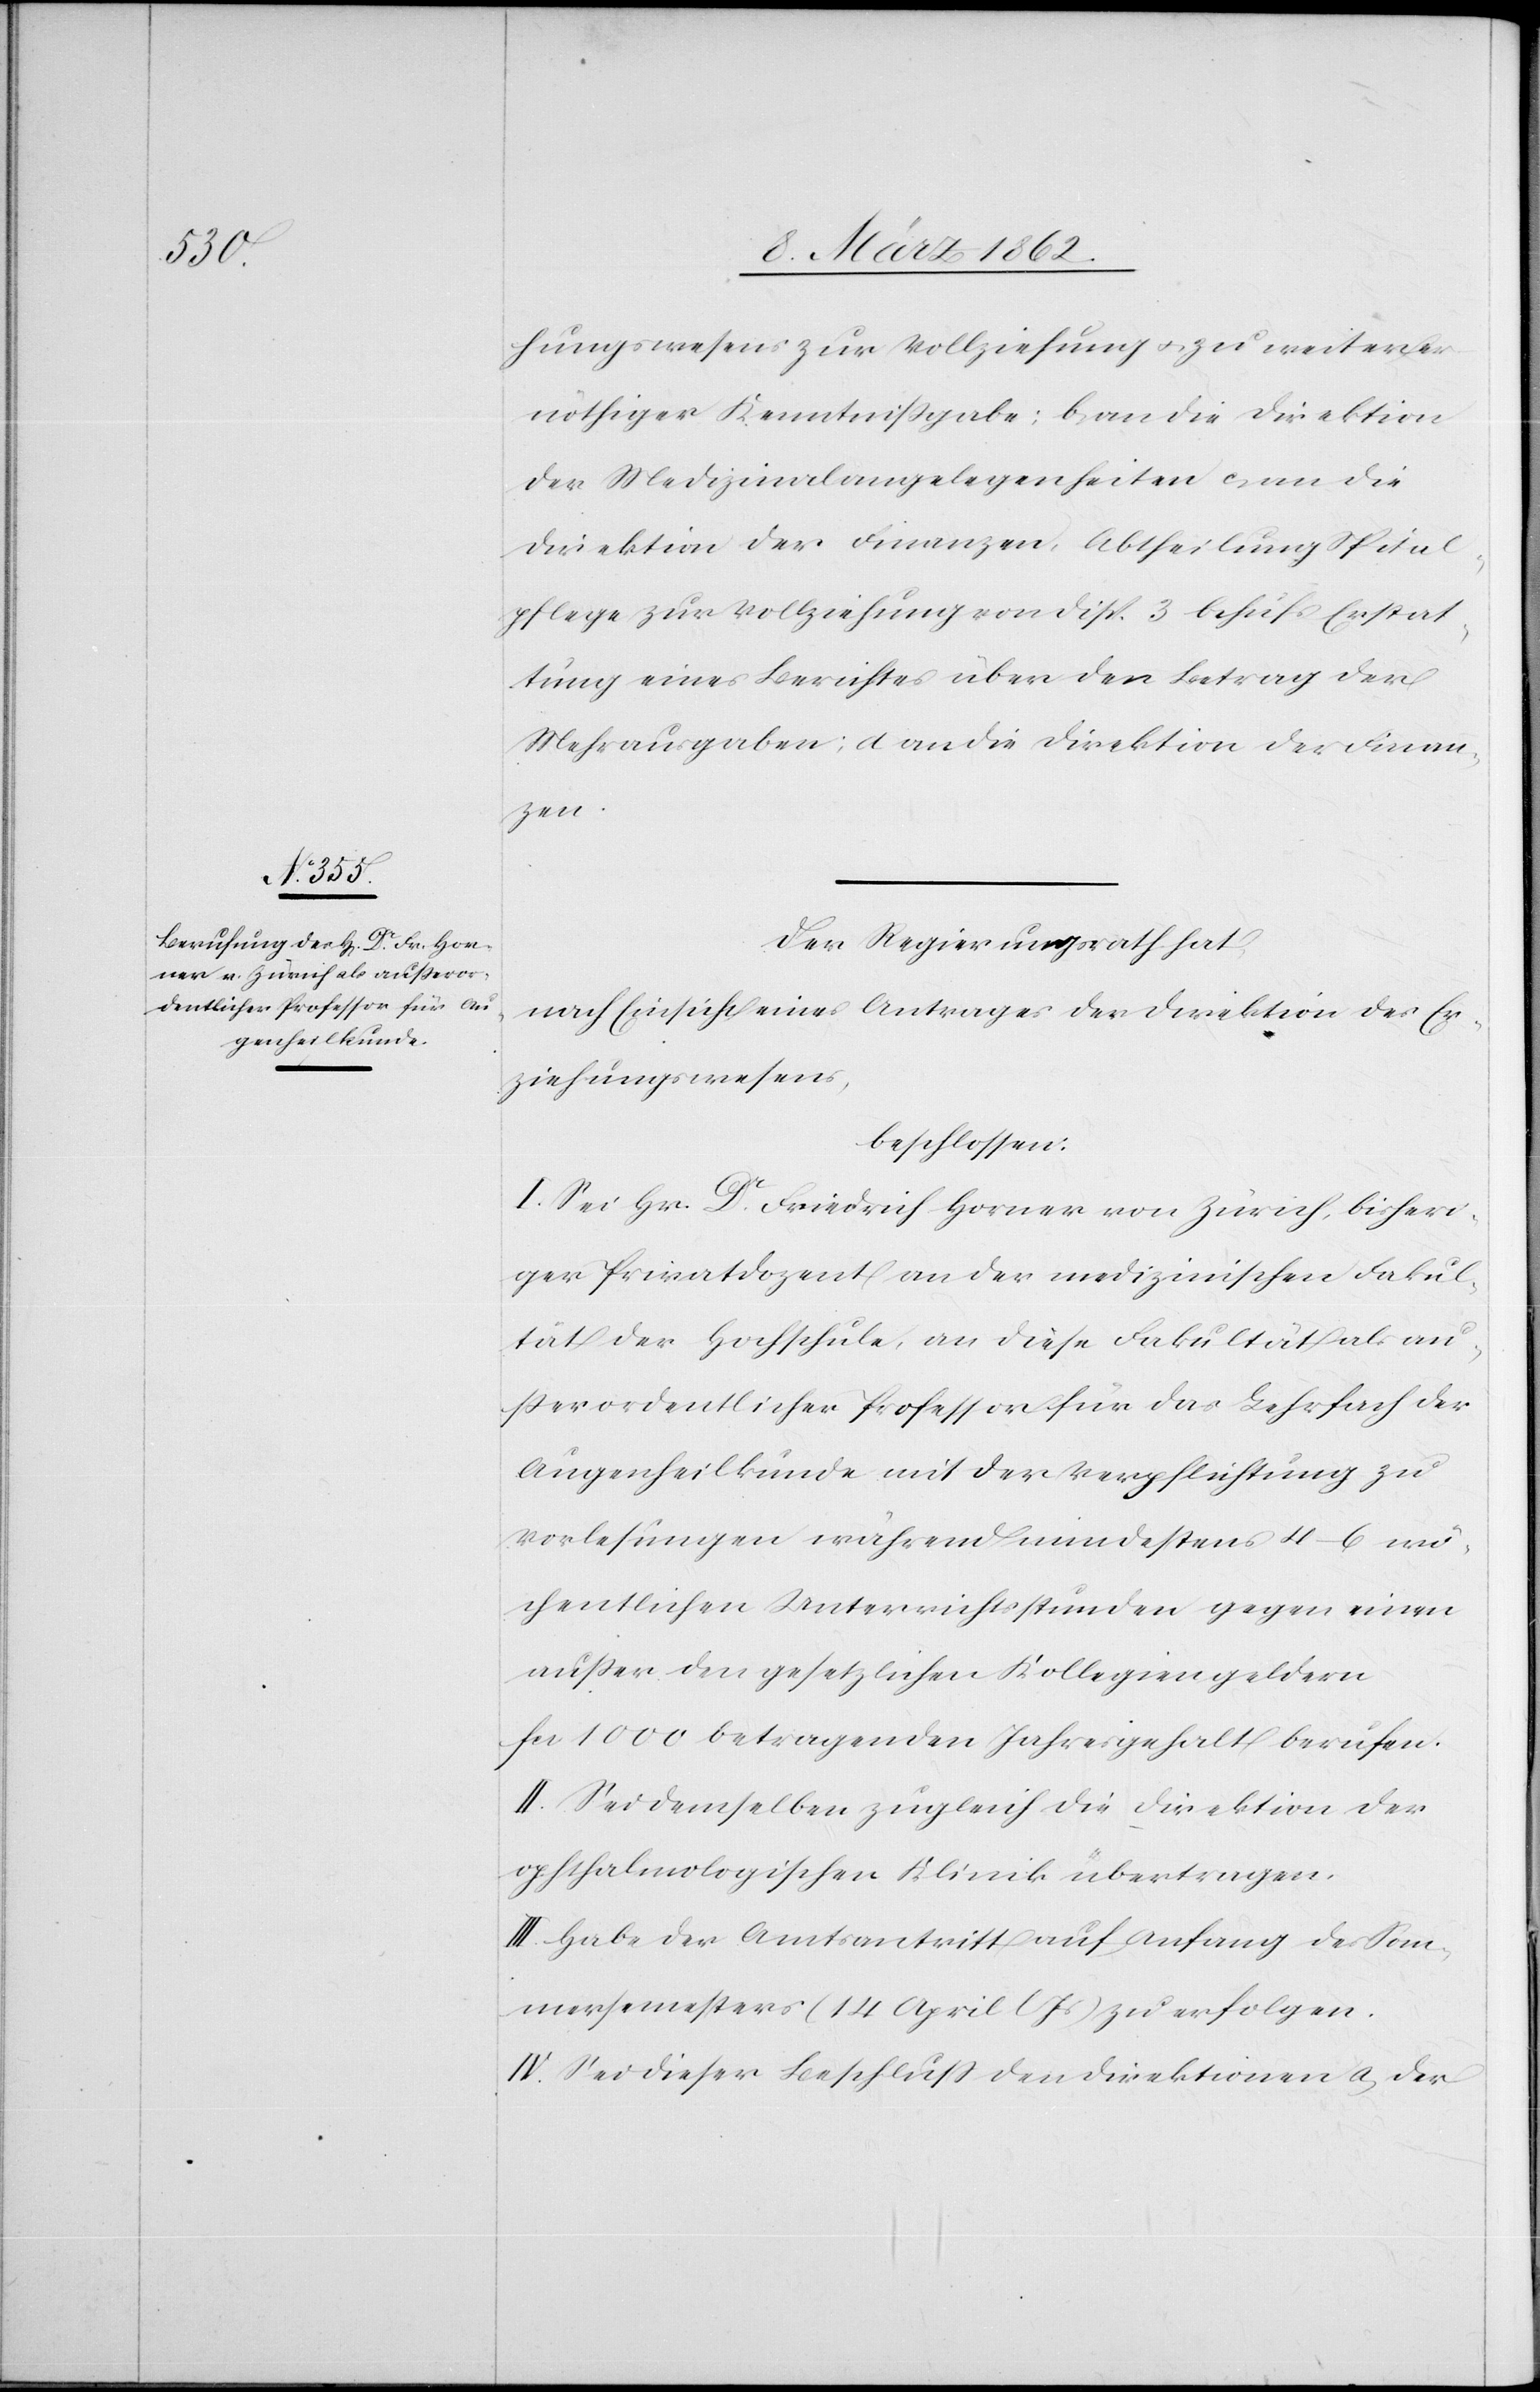
hungswesens zur Vollziehung u. zu weiterer
nöthiger Kenntnißgabe; b) an die Direktion
der Medizinalangelegenheiten c) an die
Direktion der Finanzen, Abtheilung Spital¬
pflege zur Vollziehung von Disp. 3 behufs Erstat¬
tung eines Berichtes über den Betrag der
Mehrausgaben; d) an die Direktion der Finan¬
zen.
Der Regierungsrath hat,
nach Einsicht eines Antrages der Direktion des Er¬
ziehungswesens,
beschlossen:
I. Sei Hr. Dr. Friedrich Horner von Zürich, bisheri¬
ger Privatdozent an der medizinischen Fakul¬
tät der Hochschule, an diese Fakultät als au¬
ßerordentlicher Professor für das Lehrfach der
Augenheilkunde mit der Verpflichtung zu
Vorlesungen während mindestens 4–6 wö¬
chentlichen Unterrichtsstunden gegen einen
außer den gesetzlichen Kollegiengeldern
fcs 1000 betragenden Jahresgehalt berufen.
II. Sei demselben zugleich die Direktion der
ophtalmologischen Klinik übertragen.
III. Habe der Amtsantritt auf Anfang des Som¬
mersemesters (14 April l Js) zu erfolgen.
IV. Sei dieser Beschluß den Direktionen a) der